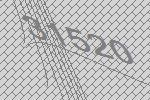
31520